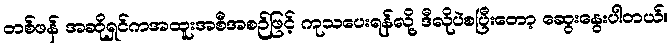
တစ်ဖန် အဆိုရှင်ကအထူးအစီအစဉ်ဖြင့် ကုသပေးရန်လို့ ဒီလိုပဲစပြီးတော့ ဆွေးနွေးပါတယ်။